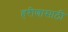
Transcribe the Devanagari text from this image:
हरीणासाठी